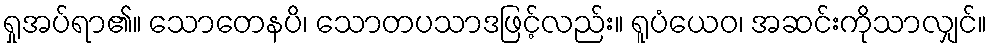
ရှုအပ်ရာ၏။ သောတေနပိ၊ သောတပသာဒဖြင့်လည်း။ ရူပံယေဝ၊ အဆင်းကိုသာလျှင်။